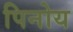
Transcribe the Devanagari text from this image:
पिनोय